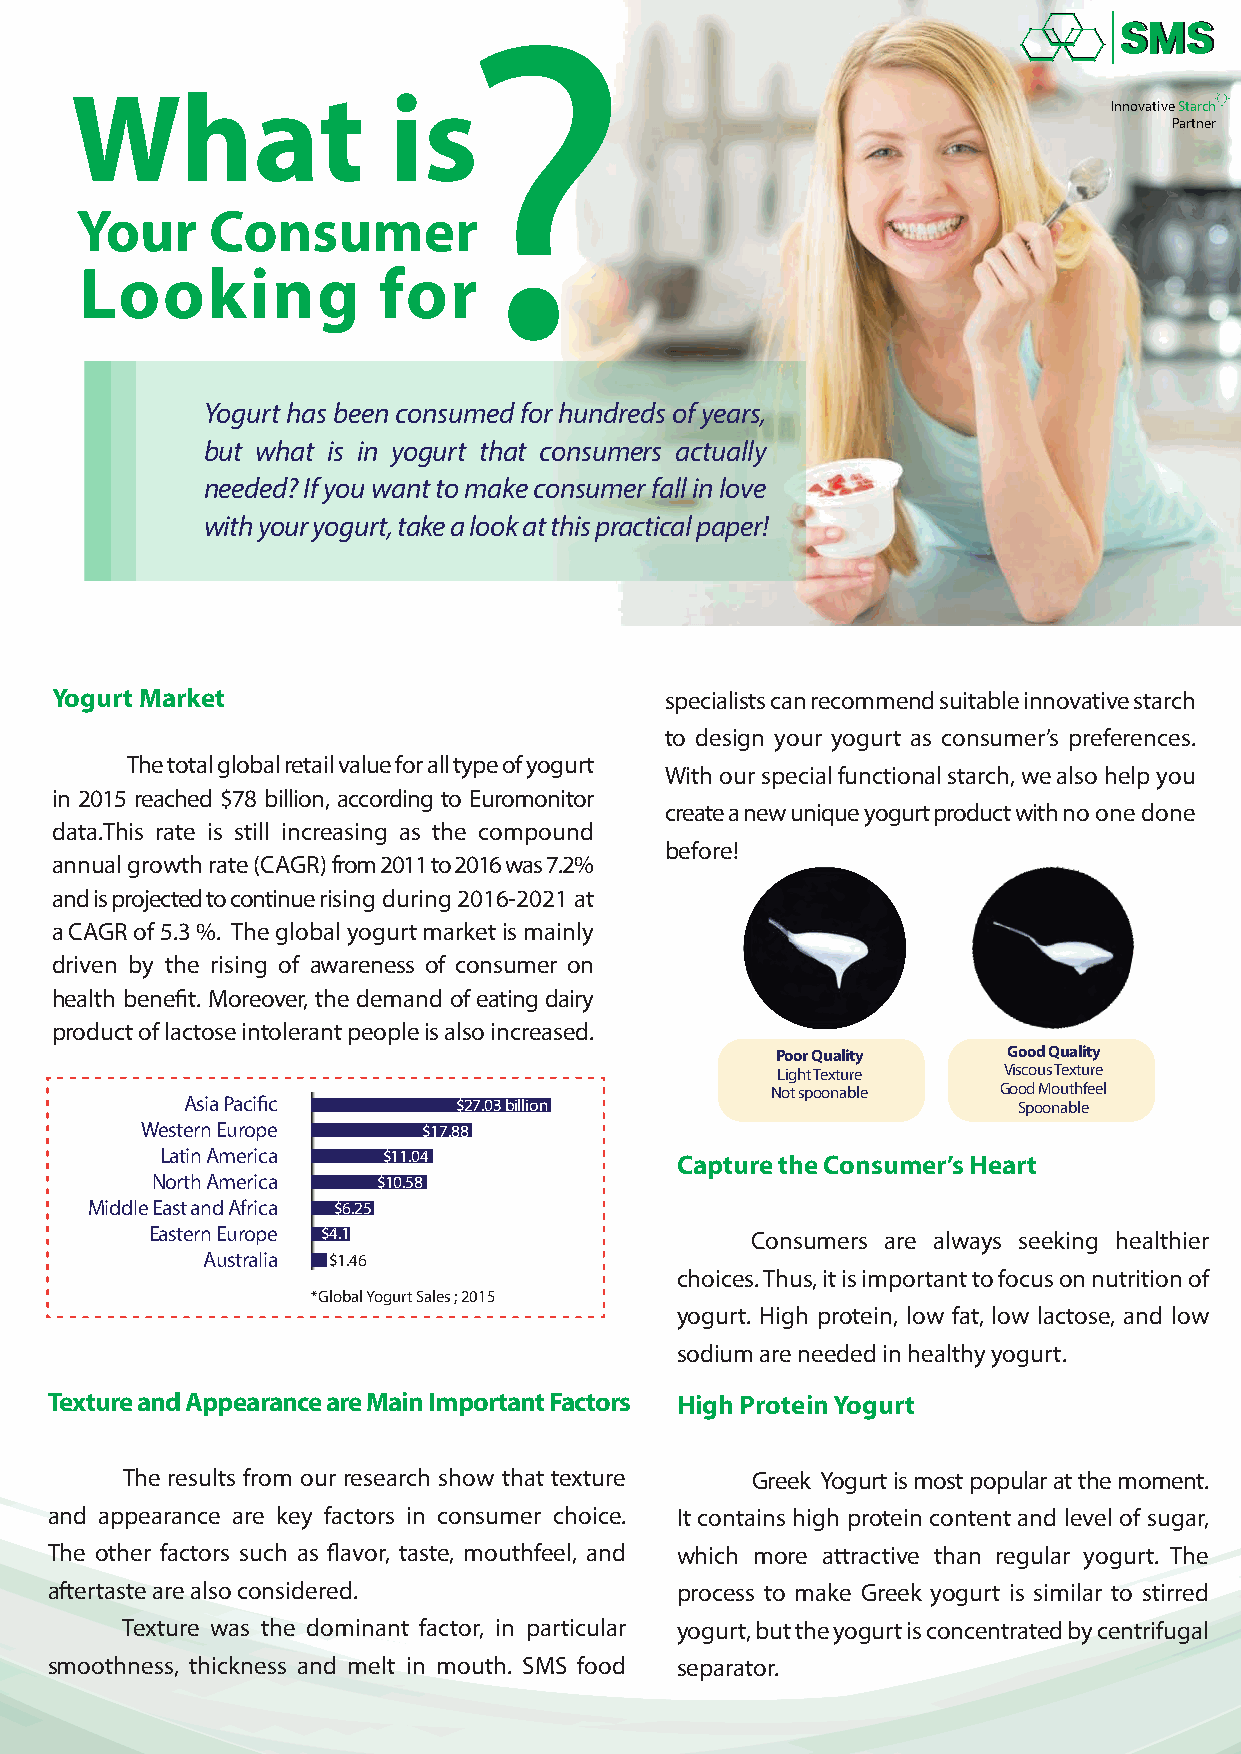
?
 What                 is
 Innovative Starch                                         Thick and creamy are the texture that
 Partner
 consumers love. SMS’s innovative starch, KREAMERY
 Series and KREATION® Y910 provide outstanding
 Your     Consumer                                                                                                         benefits in yogurt as rich, creamy, and glossy texture,
 withstand high process tolerance, bland taste and
 Looking             for
 non-GMO
 Yogurt has been consumed for hundreds of years,
 but what is in yogurt that consumers actually
 needed? If you want to make consumer fall in love
 with your yogurt, take a look at this practical paper!
 Yogurt Market                            specialists can recommend suitable innovative starch
 to design your yogurt as consumer’s preferences.
 The total global retail value for all type of yogurt
 With our special functional starch, we also help you
 in 2015 reached $78 billion, according to Euromonitor
 create a new unique yogurt product with no one done
 data.This rate is still increasing as the compound
 before!
 annual growth rate (CAGR) from 2011 to 2016 was 7.2%
 and is projected to continue rising during 2016-2021 at
 a CAGR of 5.3 %. The global yogurt market is mainly
 driven by the rising of awareness of consumer on
 health benefit. Moreover, the demand of eating dairy
 product of lactose intolerant people is also increased.
 Poor Quality    Good Quality
 Light Texture  Viscous Texture
 Not spoonable  Good Mouthfeel
 Asia Pacific      $27.03 billion                       Spoonable
 Western Europe     $17.88
 Latin America $11.04              Capture the Consumer’s Heart
 North America  $10.58
 Middle East and Africa $6.25
 Eastern Europe $4.1                     Consumers are always seeking healthier
 Australia $1.46
 choices. Thus, it is important to focus on nutrition of
 *Global Yogurt Sales ; 2015
 yogurt. High protein, low fat, low lactose, and low
 sodium are needed in healthy yogurt.
 Texture and Appearance are Main Important Factors High Protein Yogurt
 The results from our research show that texture Greek Yogurt is most popular at the moment.
 and appearance are key factors in consumer choice. It contains high protein content and level of sugar,
 The other factors such as flavor, taste, mouthfeel, and which more attractive than regular yogurt. The
 aftertaste are also considered.           process to make Greek yogurt is similar to stirred
 Texture was the dominant factor, in particular yogurt, but the yogurt is concentrated by centrifugal
 smoothness, thickness and melt in mouth. SMS food separator.